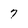
Character: 7